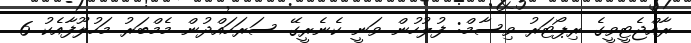
ރާއްޖެޓީވީގެ ރިޕޯޓަރު ވިސާމް: ފުލުހުން ވަނީ ކެނެރީގޭ ސަރަހައްދުން މެމްބަރު މަހުލޫފާއެކު 6